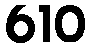
610